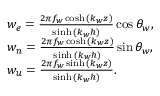
\begin{array} { r l } & { w _ { e } = \frac { 2 \pi f _ { w } \cosh { ( k _ { w } z ) } } { \sinh { ( k _ { w } h ) } } \cos { \theta _ { w } } , } \\ & { w _ { n } = \frac { 2 \pi f _ { w } \cosh { ( k _ { w } z ) } } { \sinh { ( k _ { w } h ) } } \sin { \theta _ { w } } , } \\ & { w _ { u } = \frac { 2 \pi f _ { w } \sinh { ( k _ { w } z ) } } { \sinh { ( k _ { w } h ) } } . } \end{array}